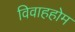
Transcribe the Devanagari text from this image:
विवाहहोम